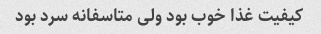
کیفیت غذا خوب بود ولی متاسفانه سرد بود